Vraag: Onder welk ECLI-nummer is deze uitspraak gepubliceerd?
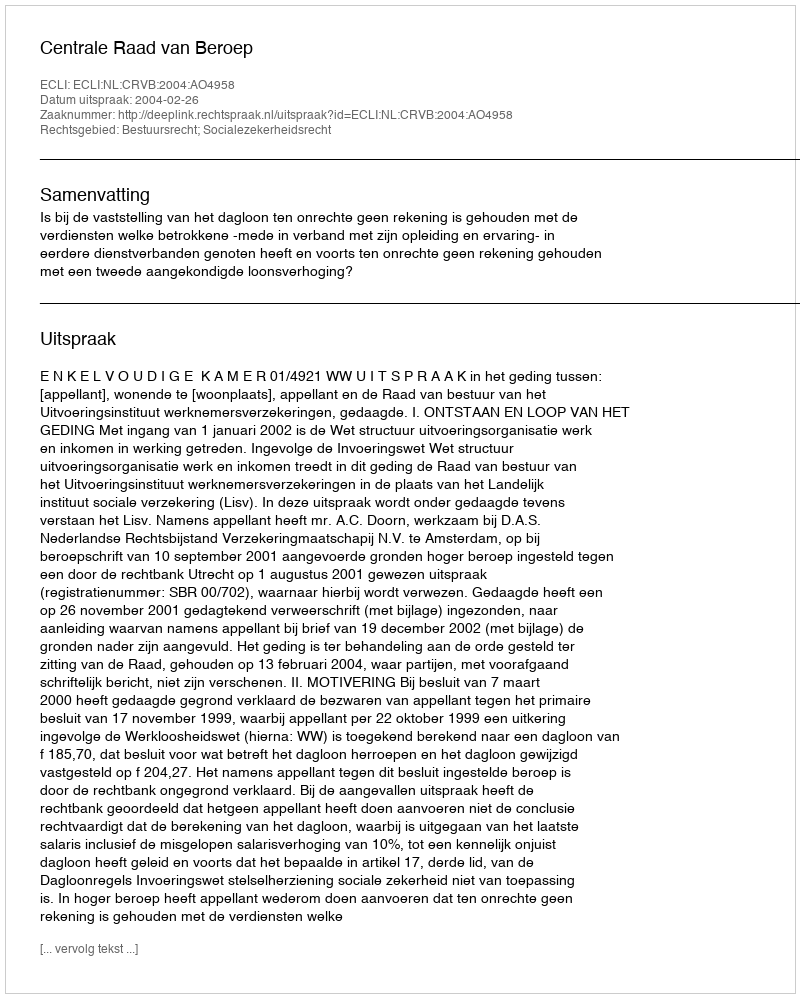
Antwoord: ECLI:NL:CRVB:2004:AO4958